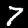
Label: 7